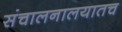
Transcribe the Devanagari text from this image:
संचालनालयातच